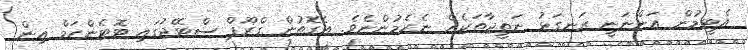
އެޓީމުން އަންނަނީ ރަނގަޅު ނަތީޖާތަކެއް ނެރެމުންނެވެ. އެގޮތުން ގްރޫޕް ސްޓޭޖުގައި ޓޮޓެންހަމް އިން